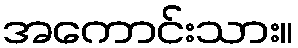
အကောင်းသား။